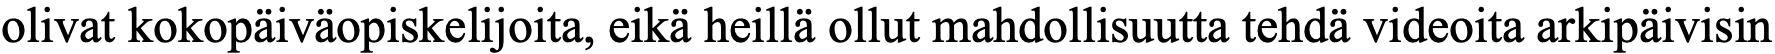
olivat kokopäiväopiskelijoita, eikä heillä ollut mahdollisuutta tehdä videoita arkipäivisin